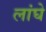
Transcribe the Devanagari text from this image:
लांघे